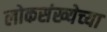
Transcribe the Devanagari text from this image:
लोकसंख्‍येच्‍या